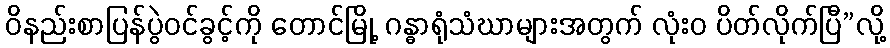
ဝိနည်းစာပြန်ပွဲဝင်ခွင့်ကို တောင်မြို့ ဂန္ဓာရုံသံဃာများအတွက် လုံးဝ ပိတ်လိုက်ပြီ”လို့